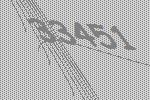
33451